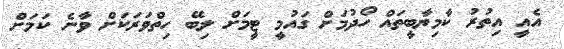
އެއީ އިތުރު ކާމިޔާބީތައް ހޯދުމަށް ގައުމީ ޓީމަށް ލިބޭ ހިތްވަރަކަށް ވާނެ ކަމަށް